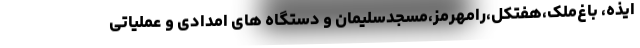
ایذه، باغ‌ملک،هفتکل،رامهرمز،مسجدسلیمان و دستگاه های امدادی و عملیاتی